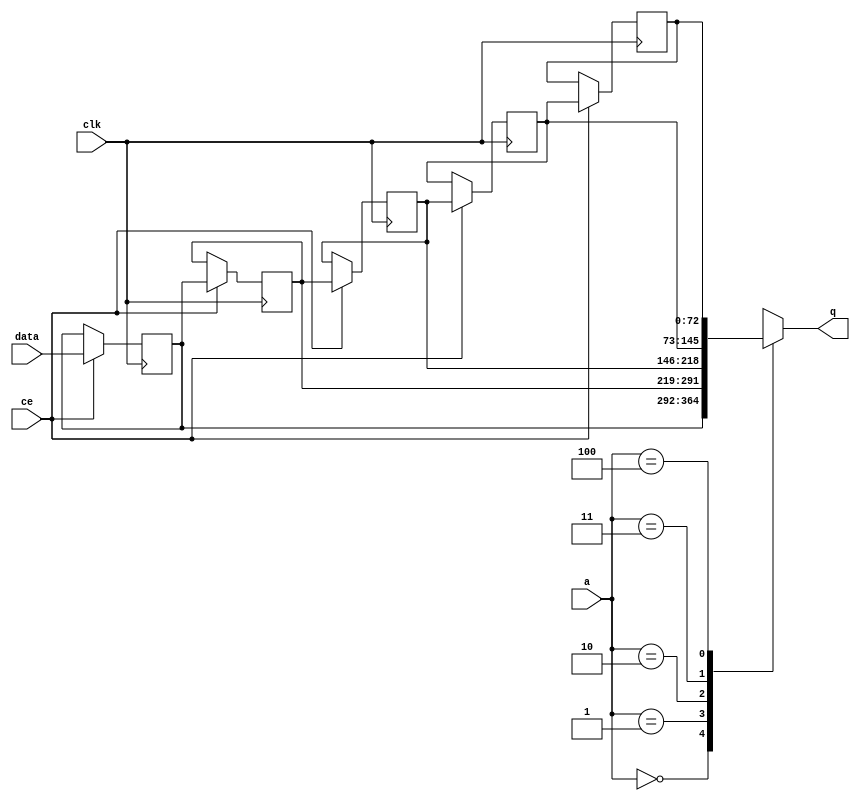
// This program was cloned from: https://github.com/mustafabbas/ECE1373_2016_hft_on_fpga
// License: MIT License

// ==============================================================
// File generated by Vivado(TM) HLS - High-Level Synthesis from C, C++ and SystemC
// Version: 2015.1
// Copyright (C) 2015 Xilinx Inc. All rights reserved.
// 
// ==============================================================


`timescale 1 ns / 1 ps

module FIFO_ip_handler_ipDataDropFifo_V_shiftReg (
    clk,
    data,
    ce,
    a,
    q);

parameter DATA_WIDTH = 32'd73;
parameter ADDR_WIDTH = 32'd3;
parameter DEPTH = 32'd5;

input clk;
input [DATA_WIDTH-1:0] data;
input ce;
input [ADDR_WIDTH-1:0] a;
output [DATA_WIDTH-1:0] q;

reg[DATA_WIDTH-1:0] SRL_SIG [0:DEPTH-1];
integer i;

always @ (posedge clk)
    begin
        if (ce)
        begin
            for (i=0;i<DEPTH-1;i=i+1)
                SRL_SIG[i+1] <= SRL_SIG[i];
            SRL_SIG[0] <= data;
        end
    end

assign q = SRL_SIG[a];

endmodule

module FIFO_ip_handler_ipDataDropFifo_V (
    clk,
    reset,
    if_empty_n,
    if_read_ce,
    if_read,
    if_dout,
    if_full_n,
    if_write_ce,
    if_write,
    if_din);

parameter MEM_STYLE = "shiftreg";
parameter DATA_WIDTH = 32'd73;
parameter ADDR_WIDTH = 32'd3;
parameter DEPTH = 32'd5;

input clk;
input reset;
output if_empty_n;
input if_read_ce;
input if_read;
output[DATA_WIDTH - 1:0] if_dout;
output if_full_n;
input if_write_ce;
input if_write;
input[DATA_WIDTH - 1:0] if_din;

wire[ADDR_WIDTH - 1:0] shiftReg_addr ;
wire[DATA_WIDTH - 1:0] shiftReg_data, shiftReg_q;
reg[ADDR_WIDTH:0] mOutPtr = {(ADDR_WIDTH+1){1'b1}};
reg internal_empty_n = 0, internal_full_n = 1;

assign if_empty_n = internal_empty_n;
assign if_full_n = internal_full_n;
assign shiftReg_data = if_din;
assign if_dout = shiftReg_q;

always @ (posedge clk) begin
    if (reset == 1'b1)
    begin
        mOutPtr <= ~{ADDR_WIDTH+1{1'b0}};
        internal_empty_n <= 1'b0;
        internal_full_n <= 1'b1;
    end
    else begin
        if (((if_read & if_read_ce) == 1 & internal_empty_n == 1) && 
            ((if_write & if_write_ce) == 0 | internal_full_n == 0))
        begin
            mOutPtr <= mOutPtr -1;
            if (mOutPtr == 0)
                internal_empty_n <= 1'b0;
            internal_full_n <= 1'b1;
        end 
        else if (((if_read & if_read_ce) == 0 | internal_empty_n == 0) && 
            ((if_write & if_write_ce) == 1 & internal_full_n == 1))
        begin
            mOutPtr <= mOutPtr +1;
            internal_empty_n <= 1'b1;
            if (mOutPtr == DEPTH-2)
                internal_full_n <= 1'b0;
        end 
    end
end

assign shiftReg_addr = mOutPtr[ADDR_WIDTH] == 1'b0 ? mOutPtr[ADDR_WIDTH-1:0]:{ADDR_WIDTH{1'b0}};
assign shiftReg_ce = (if_write & if_write_ce) & internal_full_n;

FIFO_ip_handler_ipDataDropFifo_V_shiftReg 
#(
    .DATA_WIDTH(DATA_WIDTH),
    .ADDR_WIDTH(ADDR_WIDTH),
    .DEPTH(DEPTH))
U_FIFO_ip_handler_ipDataDropFifo_V_ram (
    .clk(clk),
    .data(shiftReg_data),
    .ce(shiftReg_ce),
    .a(shiftReg_addr),
    .q(shiftReg_q));

endmodule